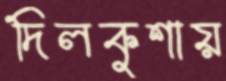
দিলকুশায়